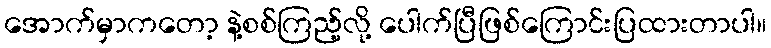
အောက်မှာကတော့ နဲ့စစ်ကြည့်လို့ ပေါက်ပြီဖြစ်ကြောင်းပြထားတာပါ။